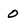
Character: 0